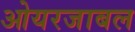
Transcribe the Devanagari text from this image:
ओयरजाबल